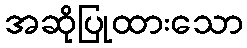
အဆိုပြုထားသော